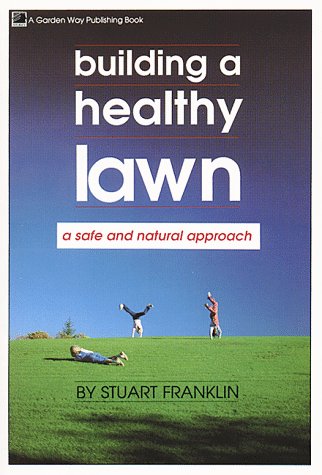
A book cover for Building a Healthy Lawn: A Safe and Natural Approach; Stuart Franklin; Crafts, Hobbies & Home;